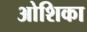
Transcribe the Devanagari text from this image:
ओशिका